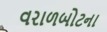
વરાળબોટના